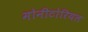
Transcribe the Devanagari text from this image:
मोनीटोरियल